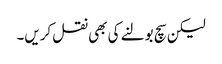
لیکن سچ بولنے کی بھی نقل کریں۔